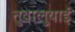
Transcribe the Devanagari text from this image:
तुवालुयाई